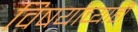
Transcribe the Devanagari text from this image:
विषयांच्याही